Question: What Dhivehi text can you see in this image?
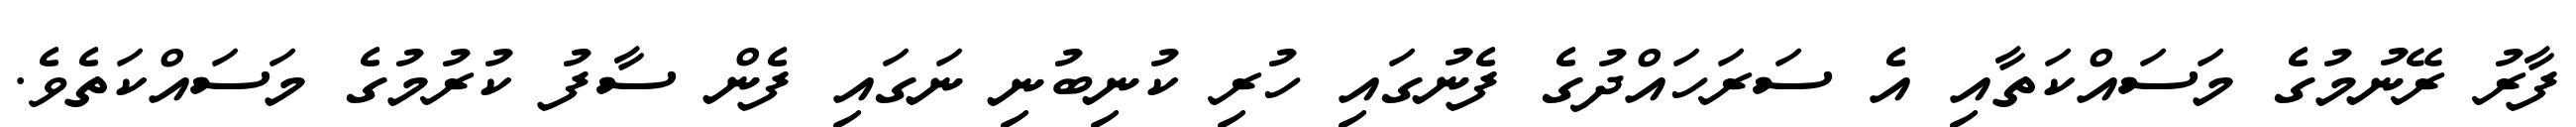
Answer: ފާރު ރޭނުމުގެ މަސައްކަތާއި އެ ސަރަހައްދުގެ ފެނުގައި ހުރި ކުނިބުނި ނަގައި ފެން ސާފު ކުރުމުގެ މަސައްކަތެވެ.